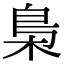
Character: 梟